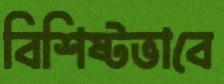
বিশিষ্টভাবে